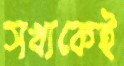
সখ্যকেই